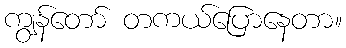
ကျွန်တော် တကယ်ပြောနေတာ။